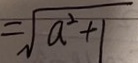
= \sqrt { a ^ { 2 } + 1 }